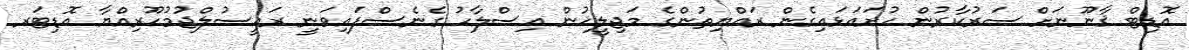
އޮޑިޓް ޤާނޫނަށް ސަރުކާރުން ހުށައަޅައިގެން ރައްޔިތުންގެ މަޖިލީހުން އިސްލާހު ގެނެސްފައިވަނީ ރައީސުލްޖުމުހޫރިއްޔާ އޮޑިޓަރ